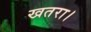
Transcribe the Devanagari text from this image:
खतरा।